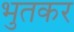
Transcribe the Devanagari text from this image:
भुतकर